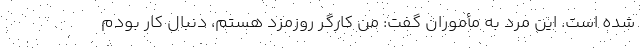
شده است. این مرد به مأموران گفت: من کارگر روزمزد هستم، دنبال کار بودم